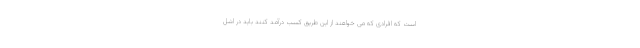
است که افرادی که می خواهند از این طریق کسب درآمد کنند باید در اشل